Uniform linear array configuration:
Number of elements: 8
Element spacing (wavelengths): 0.75
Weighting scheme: hann
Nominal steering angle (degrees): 45
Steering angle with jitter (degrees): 46.255
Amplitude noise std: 0.05
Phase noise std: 0.05

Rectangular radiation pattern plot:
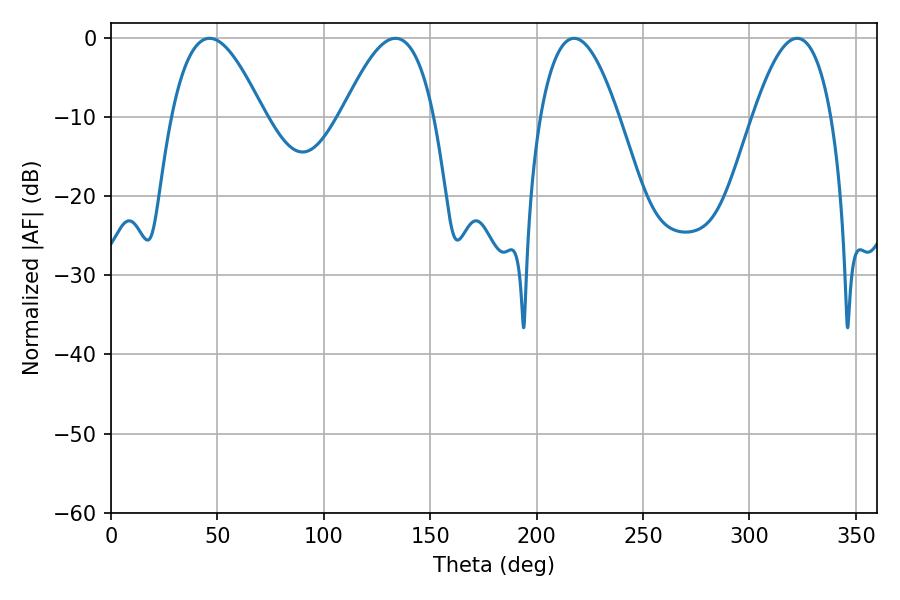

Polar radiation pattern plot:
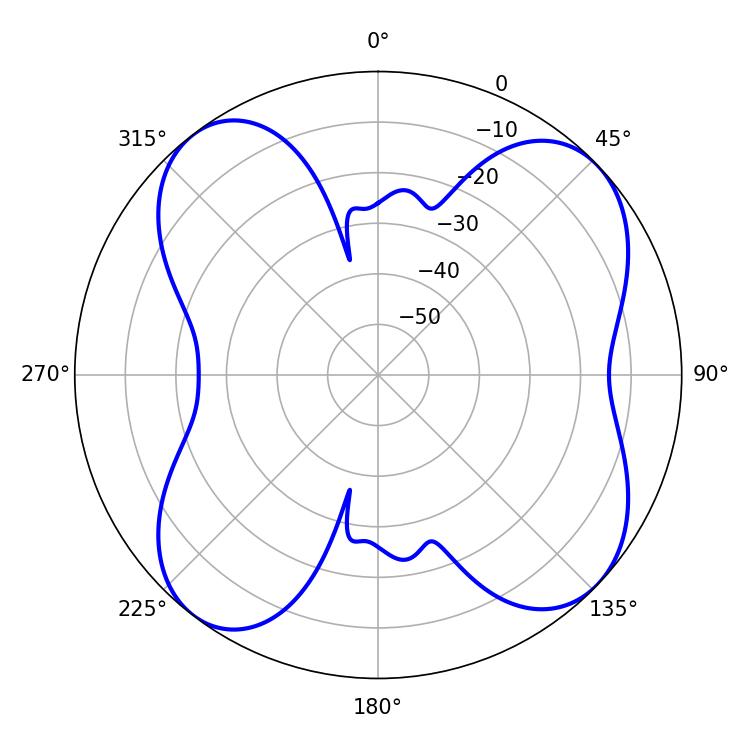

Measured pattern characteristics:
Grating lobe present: TRUE
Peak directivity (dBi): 9.995
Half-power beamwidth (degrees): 20.16
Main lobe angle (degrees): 217.62